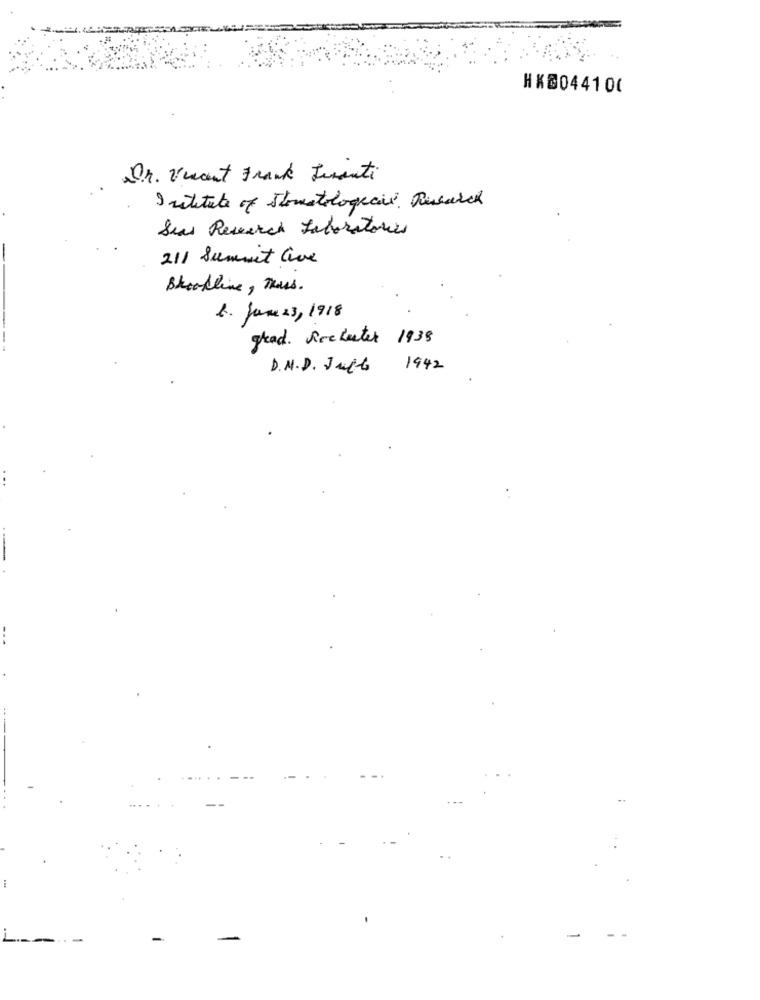
HKD044100
Dr. Vincent Frank Juanti
Institute of Stomatologicie. Research
Seas Research Laboratories
211 Summit live
Brookline, Thiss.
1. Jane 23, 1918
grad. Rochester 1938
D. M.D. Julto
1942
-